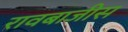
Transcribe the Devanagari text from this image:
रावबाजीस